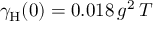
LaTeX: \gamma _ { \mathrm { H } } ( 0 ) = 0 . 0 1 8 \, g ^ { 2 } \, T